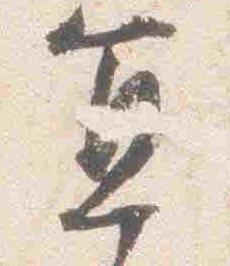
宜